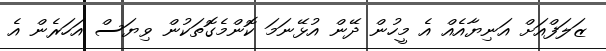
ޒަލަފްއަށް އަނިޔާއެއް އެ މީހުން ދޭން އުޅޭނަމަ ކޮންމެގޮތަކުން ވިޔަސް އަހަރެން އެ